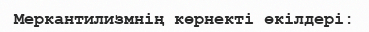
Меркантилизмнің көрнекті өкілдері: